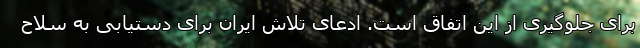
برای جلوگیری از این اتفاق است. ادعای تلاش ایران برای دستیابی به سلاح